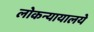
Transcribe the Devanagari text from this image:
लोकन्यायालये